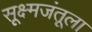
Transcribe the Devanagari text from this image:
सूक्ष्मजंतूला